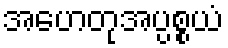
အဟေတုအပ္ပစ္စယံ